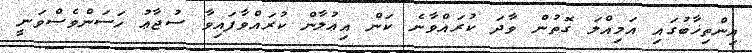
އިންތިޚާބުގައި އަމިއްލަ ގޮތުން ވާދަ ކުރައްވާނެ ކަން އިޢުލާން ކުރައްވާފައިވާ ސުޖާޢު ހަސަންވެސްވަނީ